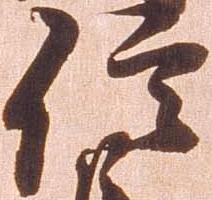
信